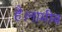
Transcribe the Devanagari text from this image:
है।नामीब